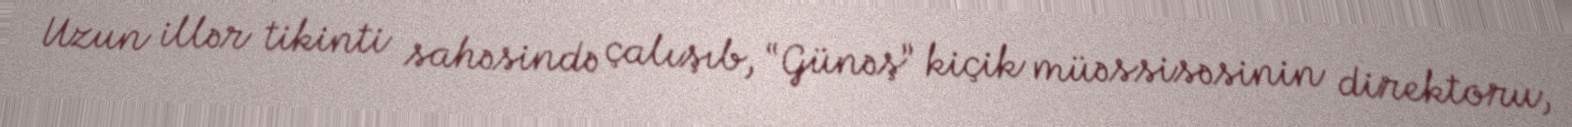
Uzun illər tikinti sahəsində çalışıb, “Günəş” kiçik müəssisəsinin direktoru,